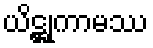
ယိဋ္ဌုကာမဿ